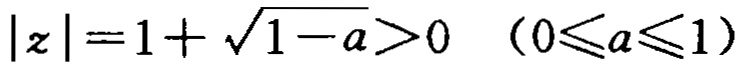
\(|z| = 1 + \sqrt{1 - a} > 0\ \ (0\leqslant a\leqslant 1)\)